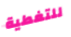
للتغطية